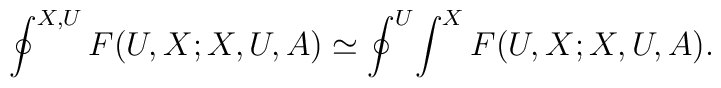
\oint^{X,U} F(U,X;X,U,A)\simeq \oint^U \! \int^X F(U,X;X,U,A).